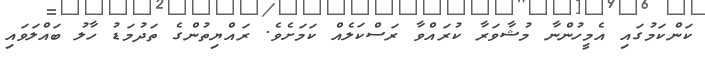
ކަންކަމުގައި އެމީހުންނާ މުޝާވަރާ ކުރައްވާ ރަސްކަލެއް ކަމަށެވެ. ރައްޔިތުންގެ ތަދުމަޑު ހާލު ބައްލަވައި